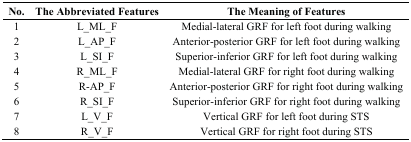
<table><thead><tr><td><b>No.</b></td><td><b>The Abbreviated Features</b></td><td><b>The Meaning of Features</b></td></tr></thead><tbody><tr><td>1</td><td>L_ML_F</td><td>Medial-lateral GRF for left foot during walking</td></tr><tr><td>2</td><td>L_AP_F</td><td>Anterior-posterior GRF for left foot during walking</td></tr><tr><td>3</td><td>L_SI_F</td><td>Superior-inferior GRF for left foot during walking</td></tr><tr><td>4</td><td>R_ML_F</td><td>Medial-lateral GRF for right foot during walking</td></tr><tr><td>5</td><td>R-AP_F</td><td>Anterior-posterior GRF for right foot during walking</td></tr><tr><td>6</td><td>R_SI_F</td><td>Superior-inferior GRF for right foot during walking</td></tr><tr><td>7</td><td>L_V_F</td><td>Vertical GRF for left foot during STS</td></tr><tr><td>8</td><td>R_V_F</td><td>Vertical GRF for right foot during STS</td></tr></tbody></table>